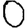
Digit: 0